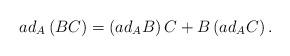
LaTeX: \begin{align*}ad_{A}\left( BC\right) =\left( ad_{A}B\right) C+B\left( ad_{A}C\right) .\end{align*}